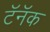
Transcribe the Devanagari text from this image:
टॅनॅक